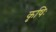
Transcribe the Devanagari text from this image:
कृषिः